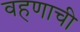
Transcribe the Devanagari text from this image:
वहणाची